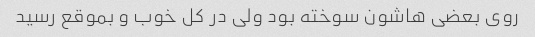
روی بعضی هاشون سوخته بود ولی در کل خوب و بموقع رسید